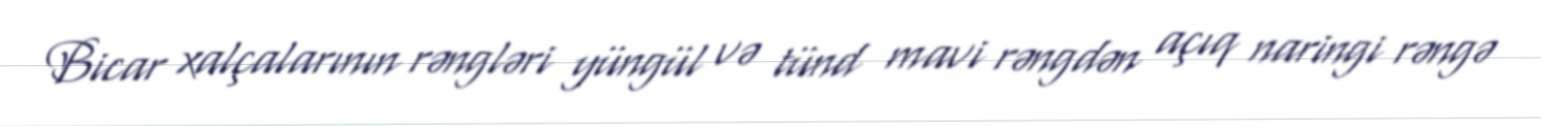
Bicar xalçalarının rəngləri yüngül və tünd mavi rəngdən açıq naringi rəngə